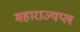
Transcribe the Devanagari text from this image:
महाराज्यप्ल